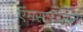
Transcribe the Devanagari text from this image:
ऍमस्टरडॅमला